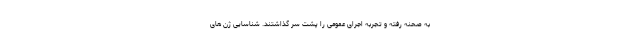
به صحنه رفته و تجربه اجرای عمومی را پشت سر گذاشتند. شناسایی ژن ‌های